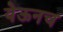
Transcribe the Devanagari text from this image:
येऊनच